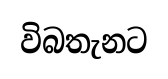
විබතැනට